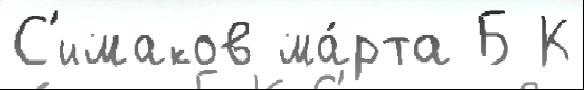
С'имаков ма́рта Б К